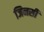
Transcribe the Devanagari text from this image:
जिनसी